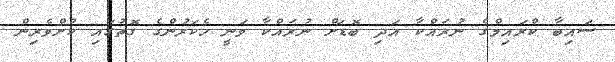
ސައިބާ ކްރައިމްގެ ނުރައްކާ އަދި ބޮޑަށް ނުރައްކާ ވަނީ ހެކަރުންގެ ގޮތުގައި ކުށްވެރިން